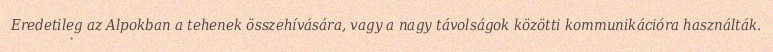
Eredetileg az Alpokban a tehenek összehívására, vagy a nagy távolságok közötti kommunikációra használták.